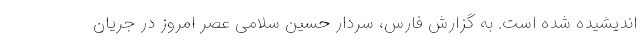
اندیشیده شده است. به گزارش فارس، سردار حسین سلامی عصر امروز در جریان